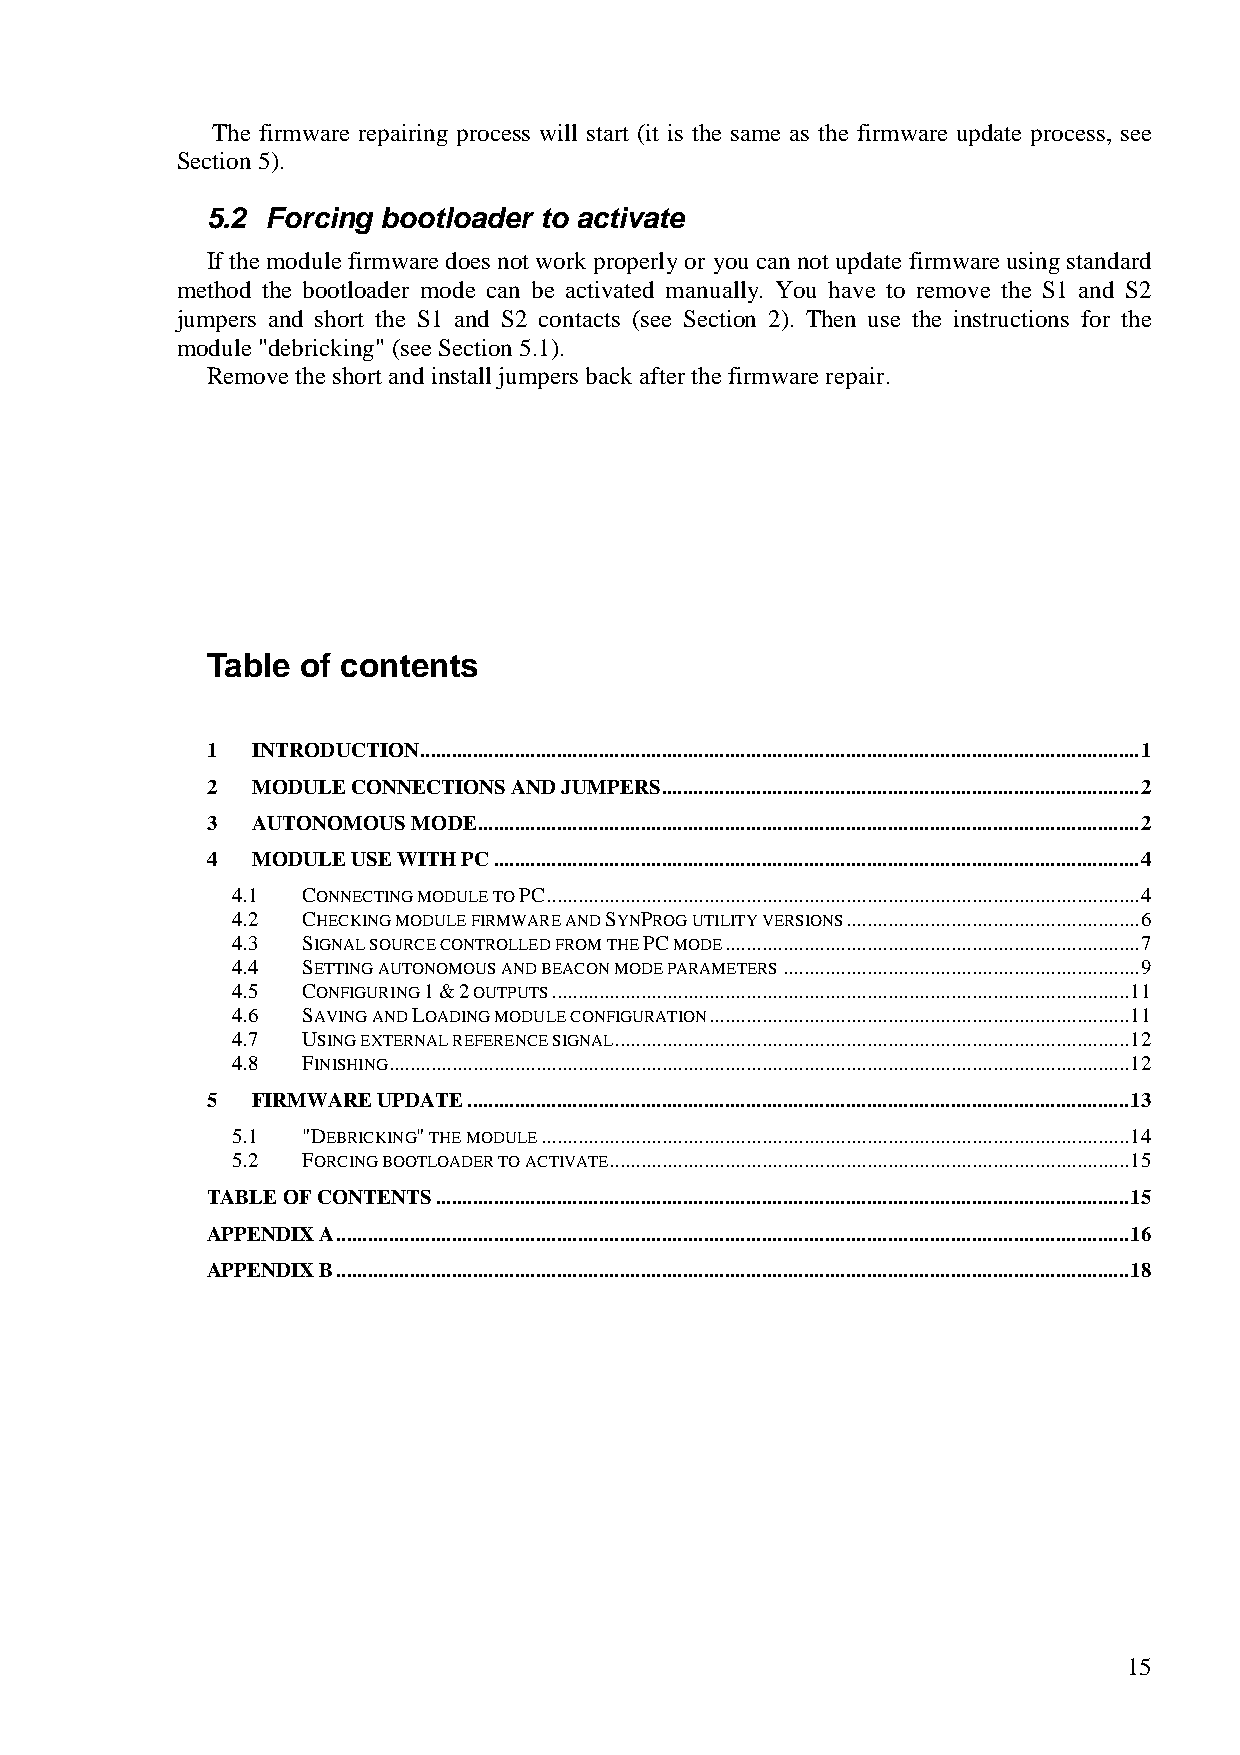
The firmware repairing process will start (it is the same as the firmware update process, see
 Section 5).
 5.2 Forcing bootloader to activate
 If the module firmware does not work properly or you can not update firmware using standard
 method the bootloader mode can be activated manually. You have to remove the S1 and S2
 jumpers and short the S1 and S2 contacts (see Section 2). Then use the instructions for the
 module "debricking" (see Section 5.1).
 Remove the short and install jumpers back after the firmware repair.
 Table of contents
 1  INTRODUCTION.........................................................................................................................................1
 2  MODULE CONNECTIONS AND JUMPERS...........................................................................................2
 3  AUTONOMOUS MODE..............................................................................................................................2
 4  MODULE USE WITH PC...........................................................................................................................4
 4.1  CONNECTING MODULE TO PC.................................................................................................................4
 4.2  CHECKING MODULE FIRMWARE AND SYNPROG UTILITY VERSIONS........................................................6
 4.3  SIGNAL SOURCE CONTROLLED FROM THE PC MODE...............................................................................7
 4.4  SETTING AUTONOMOUS AND BEACON MODE PARAMETERS....................................................................9
 4.5  CONFIGURING 1 & 2 OUTPUTS..............................................................................................................11
 4.6  SAVING AND LOADING MODULE CONFIGURATION................................................................................11
 4.7  USING EXTERNAL REFERENCE SIGNAL..................................................................................................12
 4.8  FINISHING.............................................................................................................................................12
 5  FIRMWARE UPDATE..............................................................................................................................13
 5.1  "DEBRICKING" THE MODULE................................................................................................................14
 5.2  FORCING BOOTLOADER TO ACTIVATE...................................................................................................15
 TABLE OF CONTENTS....................................................................................................................................15
 APPENDIX A.......................................................................................................................................................16
 APPENDIX B.......................................................................................................................................................18
 15